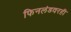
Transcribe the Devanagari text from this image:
फिनलंडवरही